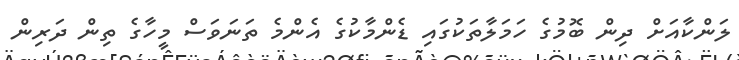
ލަންކާއަށް ދިން ބޮމުގެ ހަމަލާތަކުގައި ޑެންމާކުގެ އެންމެ ތަނަވަސް މީހާގެ ތިން ދަރިން